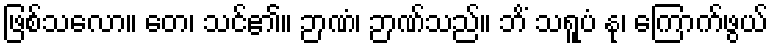
ဖြစ်သလော။ တေ၊ သင်၏။ ဉာဏံ၊ ဉာဏ်သည်။ ဘိံ သရူပံ နု၊ ကြောက်ဖွယ်